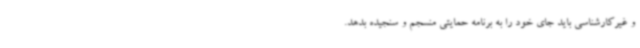
و غیرکارشناسی باید جای خود را به برنامه حمایتی منسجم و سنجیده بدهد.